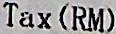
TAX (RM)